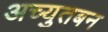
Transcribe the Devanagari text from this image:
अच्युतबन